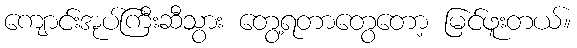
ကျောင်းအုပ်ကြီးဆီသွား တွေ့ရတာတွေတော့ မြင်ဖူးတယ်။